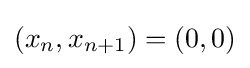
(x_{n},x_{n+1})=(0,0)